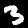
Digit: 3